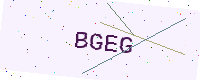
Text: BGEG